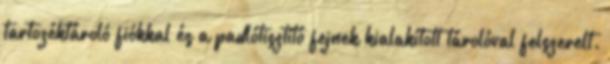
tartozéktároló fiókkal és a padlótisztító fejnek kialakított tárolóval felszerelt.